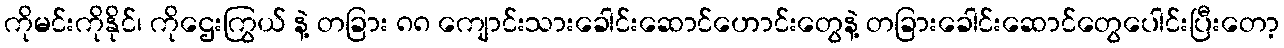
ကိုမင်းကိုနိုင်၊ ကိုဌေးကြွယ် နဲ့ တခြား ၈၈ ကျောင်းသားခေါင်းဆောင်ဟောင်းတွေနဲ့ တခြားခေါင်းဆောင်တွေပေါင်းပြီးတော့